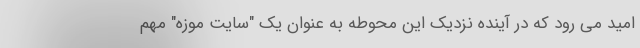
امید می رود که در آینده نزدیک این محوطه به عنوان یک "سایت موزه" مهم